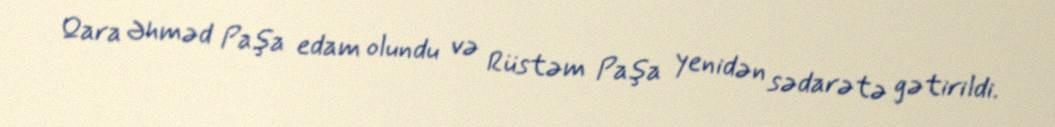
Qara Əhməd Paşa edam olundu və Rüstəm Paşa yenidən sədarətə gətirildi.